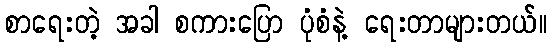
စာရေးတဲ့ အခါ စကားပြော ပုံစံနဲ့ ရေးတာများတယ်။